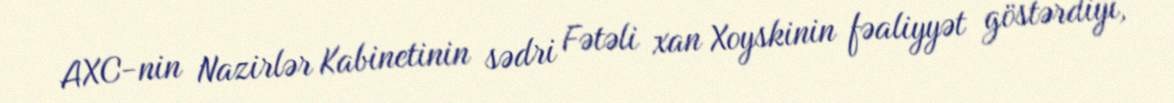
AXC-nin Nazirlər Kabinetinin sədri Fətəli xan Xoyskinin fəaliyyət göstərdiyi,